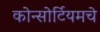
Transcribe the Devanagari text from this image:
कोन्सोर्टियमचे